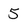
Character: 5